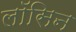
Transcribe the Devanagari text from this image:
लॉसिन